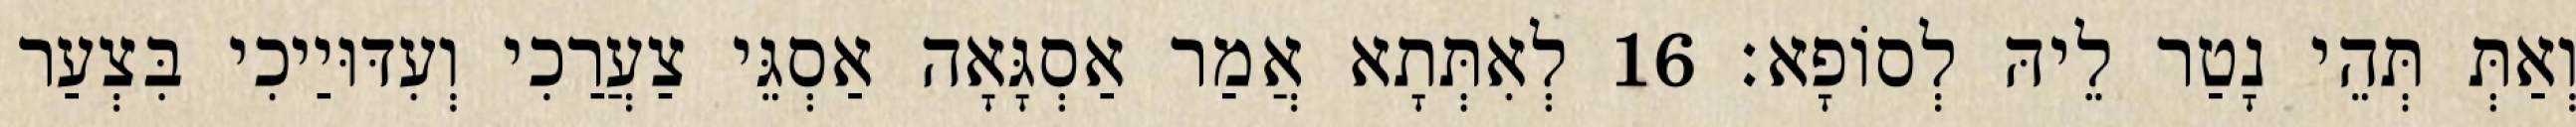
וְאַתְּ תְּהֵי נָטַר לֵיהּ לְסוֹפָא׃ 16 לְאִתְּתָא אֲמַר אַסְגָּאָה אַסְגֵּי צַעֲרַכִי וְעִדּוּיַיכִי בִּצְעַר